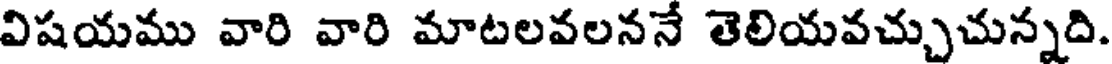
విషయము వారి వారి మాటలవలననే తెలియవచ్చుచున్నది.